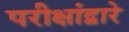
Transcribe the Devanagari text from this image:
परीक्षांद्वारे